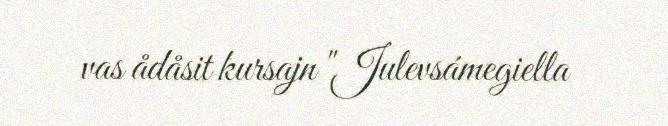
vas ådåsit kursajn "Julevsámegiella